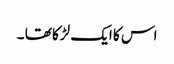
اس کا ایک لڑکا تھا ۔